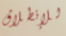
للإنطلاق